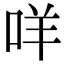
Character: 咩